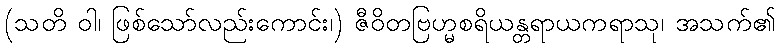
(သတိ ဝါ၊ ဖြစ်သော်လည်းကောင်း၊) ဇီဝိတဗြဟ္မစရိယန္တရာယကရာသု၊ အသက်၏